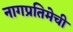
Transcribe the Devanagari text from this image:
नागप्रतिमेची